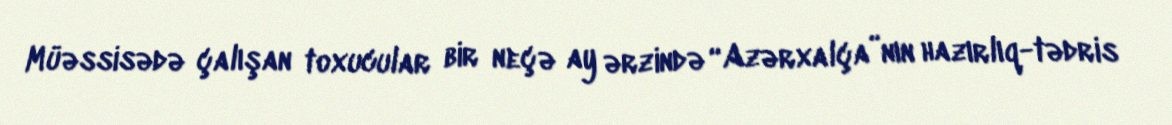
Müəssisədə çalışan toxucular bir neçə ay ərzində “Azərxalça”nın hazırlıq-tədris